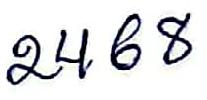
2468